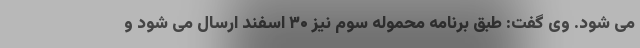
می شود. وی گفت: طبق برنامه محموله سوم نیز ۳۰ اسفند ارسال می شود و